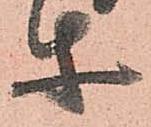
等